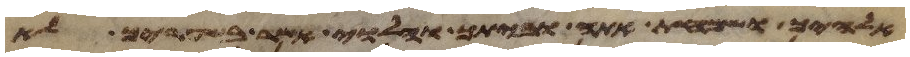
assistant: אלהיך ושמחת אתה וביתך והלוי אשר בשעריך לא